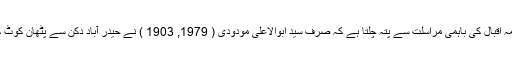
سید نذیر نیازی، چوہدری نیاز علی خان اور علامہ اقبال کی باہمی مراسلت سے پتہ چلتا ہے کہ صرف سید ابوالاعلیٰ مودودی ( 1979, 1903 ) نے حیدر آباد دکن سے پٹھان کوٹ کے دارالسلام میں حاضر ہونے کی حامی بھرلی۔